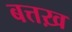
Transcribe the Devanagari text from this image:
बत्तख़